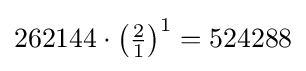
262144\cdot \left(\textstyle {\frac {2}{1}}\right)^{1}=524288